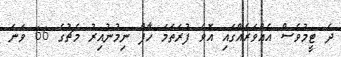
ދެ ޓީމުވެސް އެއްވަރެއްގައި އޮވެ ފުރަތަމަ ހާފް ނިމުނުއިރު މެޗުގެ 66 ވަނަ